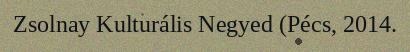
Zsolnay Kulturális Negyed (Pécs, 2014.